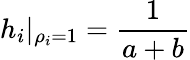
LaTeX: h_{i}|_{\rho_{i}=1}=\frac{1}{a+b}